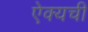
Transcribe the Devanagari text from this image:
ऐक्यची